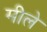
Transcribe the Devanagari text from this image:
मीले